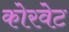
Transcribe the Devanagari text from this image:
कोरवेट